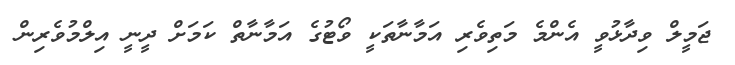
ޖަމީލް ވިދާޅުވީ އެންމެ މަތިވެރި އަމާނާތަކީ ވޯޓުގެ އަމާނާތް ކަމަށް ދީނީ އިލްމުވެރިން